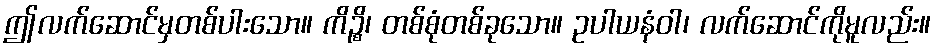
ဤလက်ဆောင်မှတစ်ပါးသော။ ကိဉ္စိ၊ တစ်စုံတစ်ခုသော။ ဥပါယနံဝါ၊ လက်ဆောင်ကိုမူလည်း။